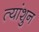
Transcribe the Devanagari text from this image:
त्यांशुन